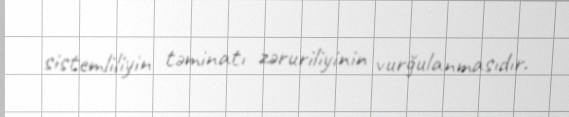
sistemliliyin təminatı zəruriliyinin vurğulanmasıdır.